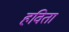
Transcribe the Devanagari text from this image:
हविता